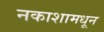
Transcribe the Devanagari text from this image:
नकाशामधून